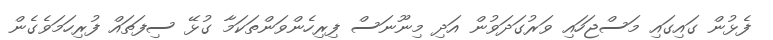
ފެޅުން ގައިގައި މަސްޖަހައި ވަރުގަދަވުން އަދި މިނޫނަސް ފިރިހެންވަންތަކަމާ ގުޅޭ ސިފަތައް ފުރިހަމަވެގެން